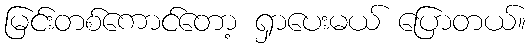
မြင်းတစ်ကောင်တော့ ရှာပေးမယ် ပြောတယ်။